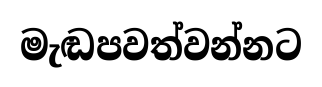
මැඬපවත්වන්නට